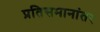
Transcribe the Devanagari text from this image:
प्रतिसमानांतर